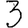
Digit: 3